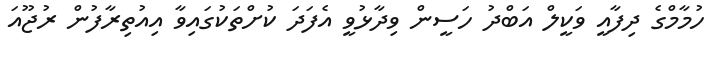
ހުމާމްގެ ދިފާއީ ވަކީލް އަބްދު ހަސީން ވިދާޅުވީ އެފަދަ ކުށްތަކުގައިވާ އިއުތިރާފުން ރުޖޫއަ